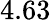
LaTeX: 4.63